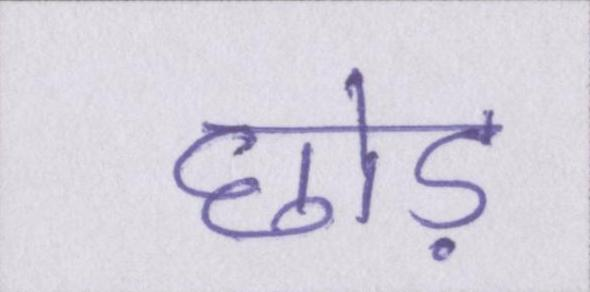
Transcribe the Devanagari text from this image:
छोड़